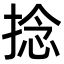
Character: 捻